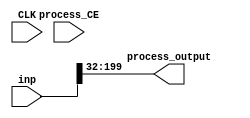
module index___uint16_uint16__uint8_7_3___1(input CLK, input process_CE, input [199:0] inp, output [167:0] process_output);
parameter INSTANCE_NAME="INST";
  assign process_output = (inp[199:32]);
endmodule